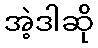
အဲ့ဒါဆို